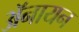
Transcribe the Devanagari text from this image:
ॲनायन